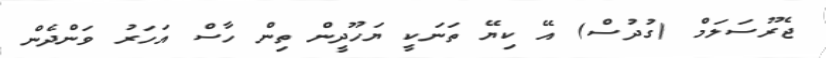
ޖެރޫސަލަމް (ގުދުސް) އޭ ކިޔޭ ތަނަކީ ޔަހޫދީން ތިން ހާސް އަހަރު ވަންދެން